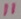
Text: 11